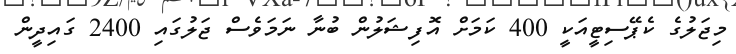
މިޖަލުގެ ކެޕޭސިޓީއަކީ 400 ކަމަށް އޮފިޝަލުން ބުނާ ނަމަވެސް ޖަލުގައި 2400 ގައިދީން